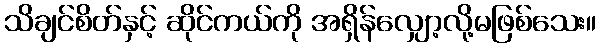
သိချင်စိတ်နှင့် ဆိုင်ကယ်ကို အရှိန်လျှော့လို့မဖြစ်သေး။